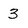
Character: 3